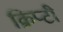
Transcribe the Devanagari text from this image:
क्रिप्टी